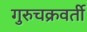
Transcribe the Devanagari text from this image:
गुरुचक्रवर्ती